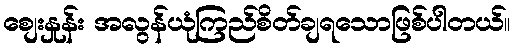
စျေးနှုန်း အလွန်ယုံကြည်စိတ်ချရသောဖြစ်ပါတယ်။